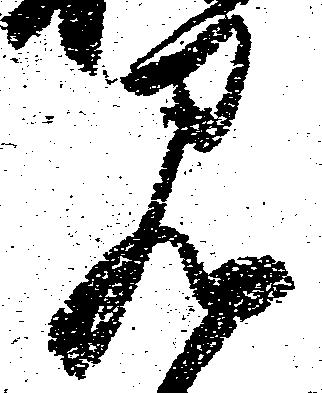
見